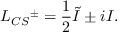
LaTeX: L _ { C S } { ^ { \pm } } = { \frac { 1 } { 2 } } \tilde { I } \pm i I .